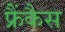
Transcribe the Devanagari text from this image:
फ्रैंकैस